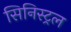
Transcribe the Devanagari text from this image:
सिनिस्ट्रल